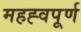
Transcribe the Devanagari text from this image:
महह्वपूर्ण